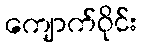
ကျောက်ဝိုင်း